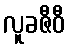
လူခဇီဝီ